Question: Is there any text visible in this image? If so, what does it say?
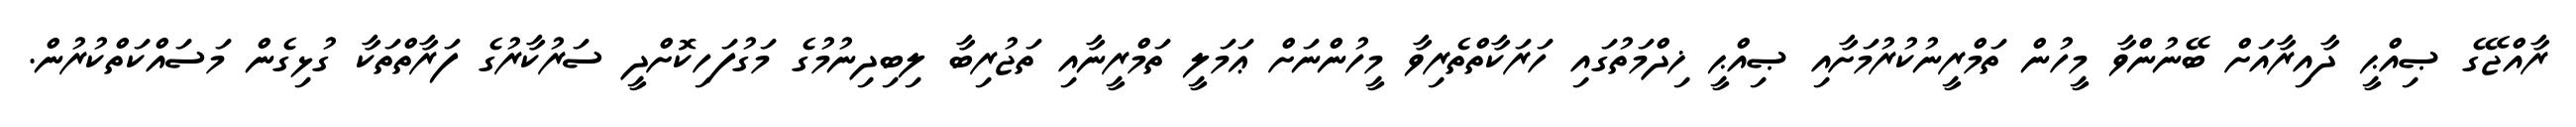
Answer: ރާއްޖޭގެ ޞިއްޙީ ދާއިރާއަށް ބޭނުންވާ މީހުން ތަމްރީނުކުރުމަށާއި ޞިއްޙީ ޚިދްމަތުގައި ހަރަކާތްތެރިވާ މީހުންނަށް ޢަމަލީ ތަމްރީނާއި ތަޖުރިބާ ލިބިދިނުމުގެ މަގުފަހިކޮށްދީ ސަރުކާރުގެ ފަރާތްތަކާ ގުޅިގެން މަސައްކަތްކުރުން.